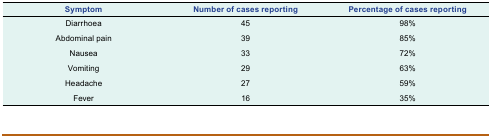
| Symptom | Number of cases reporting | Percentage of cases reporting |
 | --- | --- | --- |
 | Diarrhoea | 45 | 98% |
 | Abdominal pain | 39 | 85% |
 | Nausea | 33 | 72% |
 | Vomiting | 29 | 63% |
 | Headache | 27 | 59% |
 | Fever | 16 | 35% |